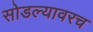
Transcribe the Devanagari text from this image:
सोडल्यावरच